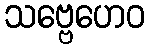
သဗ္ဗေဟေဝ